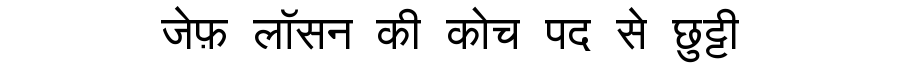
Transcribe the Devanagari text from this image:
जेफ़ लॉसन की कोच पद से छुट्टी